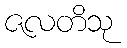
ဇလတိသု